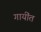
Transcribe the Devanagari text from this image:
गायींत